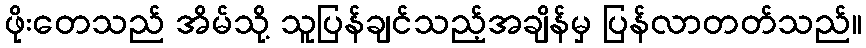
ဖိုးတေသည် အိမ်သို့ သူပြန်ချင်သည့်အချိန်မှ ပြန်လာတတ်သည်။